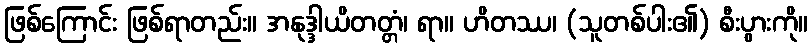
ဖြစ်ကြောင်း ဖြစ်ရာတည်း။ အနုဒ္ဒါယိတတ္တံ၊ ရာ။ ဟိတဿ၊ (သူတစ်ပါး၏) စီးပွားကို။